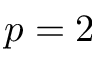
p = 2